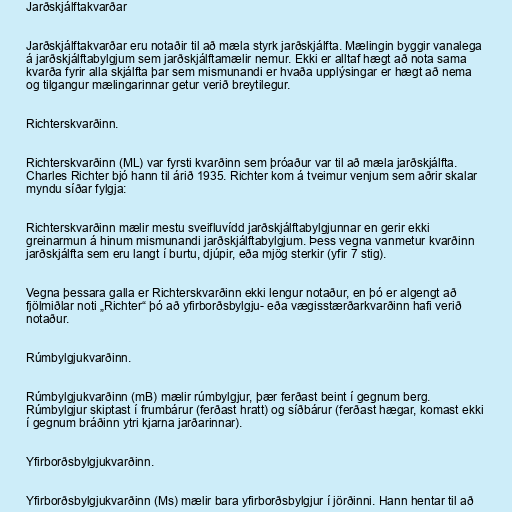
Jarðskjálftakvarðar

Jarðskjálftakvarðar eru notaðir til að mæla styrk jarðskjálfta. Mælingin byggir vanalega
á jarðskjálftabylgjum sem jarðskjálftamælir nemur. Ekki er alltaf hægt að nota sama
kvarða fyrir alla skjálfta þar sem mismunandi er hvaða upplýsingar er hægt að nema
og tilgangur mælingarinnar getur verið breytilegur.

Richterskvarðinn.

Richterskvarðinn (ML) var fyrsti kvarðinn sem þróaður var til að mæla jarðskjálfta.
Charles Richter bjó hann til árið 1935. Richter kom á tveimur venjum sem aðrir skalar
myndu síðar fylgja:

Richterskvarðinn mælir mestu sveifluvídd jarðskjálftabylgjunnar en gerir ekki
greinarmun á hinum mismunandi jarðskjálftabylgjum. Þess vegna vanmetur kvarðinn
jarðskjálfta sem eru langt í burtu, djúpir, eða mjög sterkir (yfir 7 stig).

Vegna þessara galla er Richterskvarðinn ekki lengur notaður, en þó er algengt að
fjölmiðlar noti „Richter“ þó að yfirborðsbylgju- eða vægisstærðarkvarðinn hafi verið
notaður.

Rúmbylgjukvarðinn.

Rúmbylgjukvarðinn (mB) mælir rúmbylgjur, þær ferðast beint í gegnum berg.
Rúmbylgjur skiptast í frumbárur (ferðast hratt) og síðbárur (ferðast hægar, komast ekki
í gegnum bráðinn ytri kjarna jarðarinnar).

Yfirborðsbylgjukvarðinn.

Yfirborðsbylgjukvarðinn (Ms) mælir bara yfirborðsbylgjur í jörðinni. Hann hentar til að